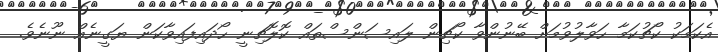
އެކަމަކު ކޯޗުކަމާ ހަވާލުވުމަށް ބޭނުންވާ ކޯޗިން ލައިސަންސްތައް ކޮލޮޗިނީ ހޯދައިފައިވާކަން ޔަގީނެއް ނޫނެވެ.